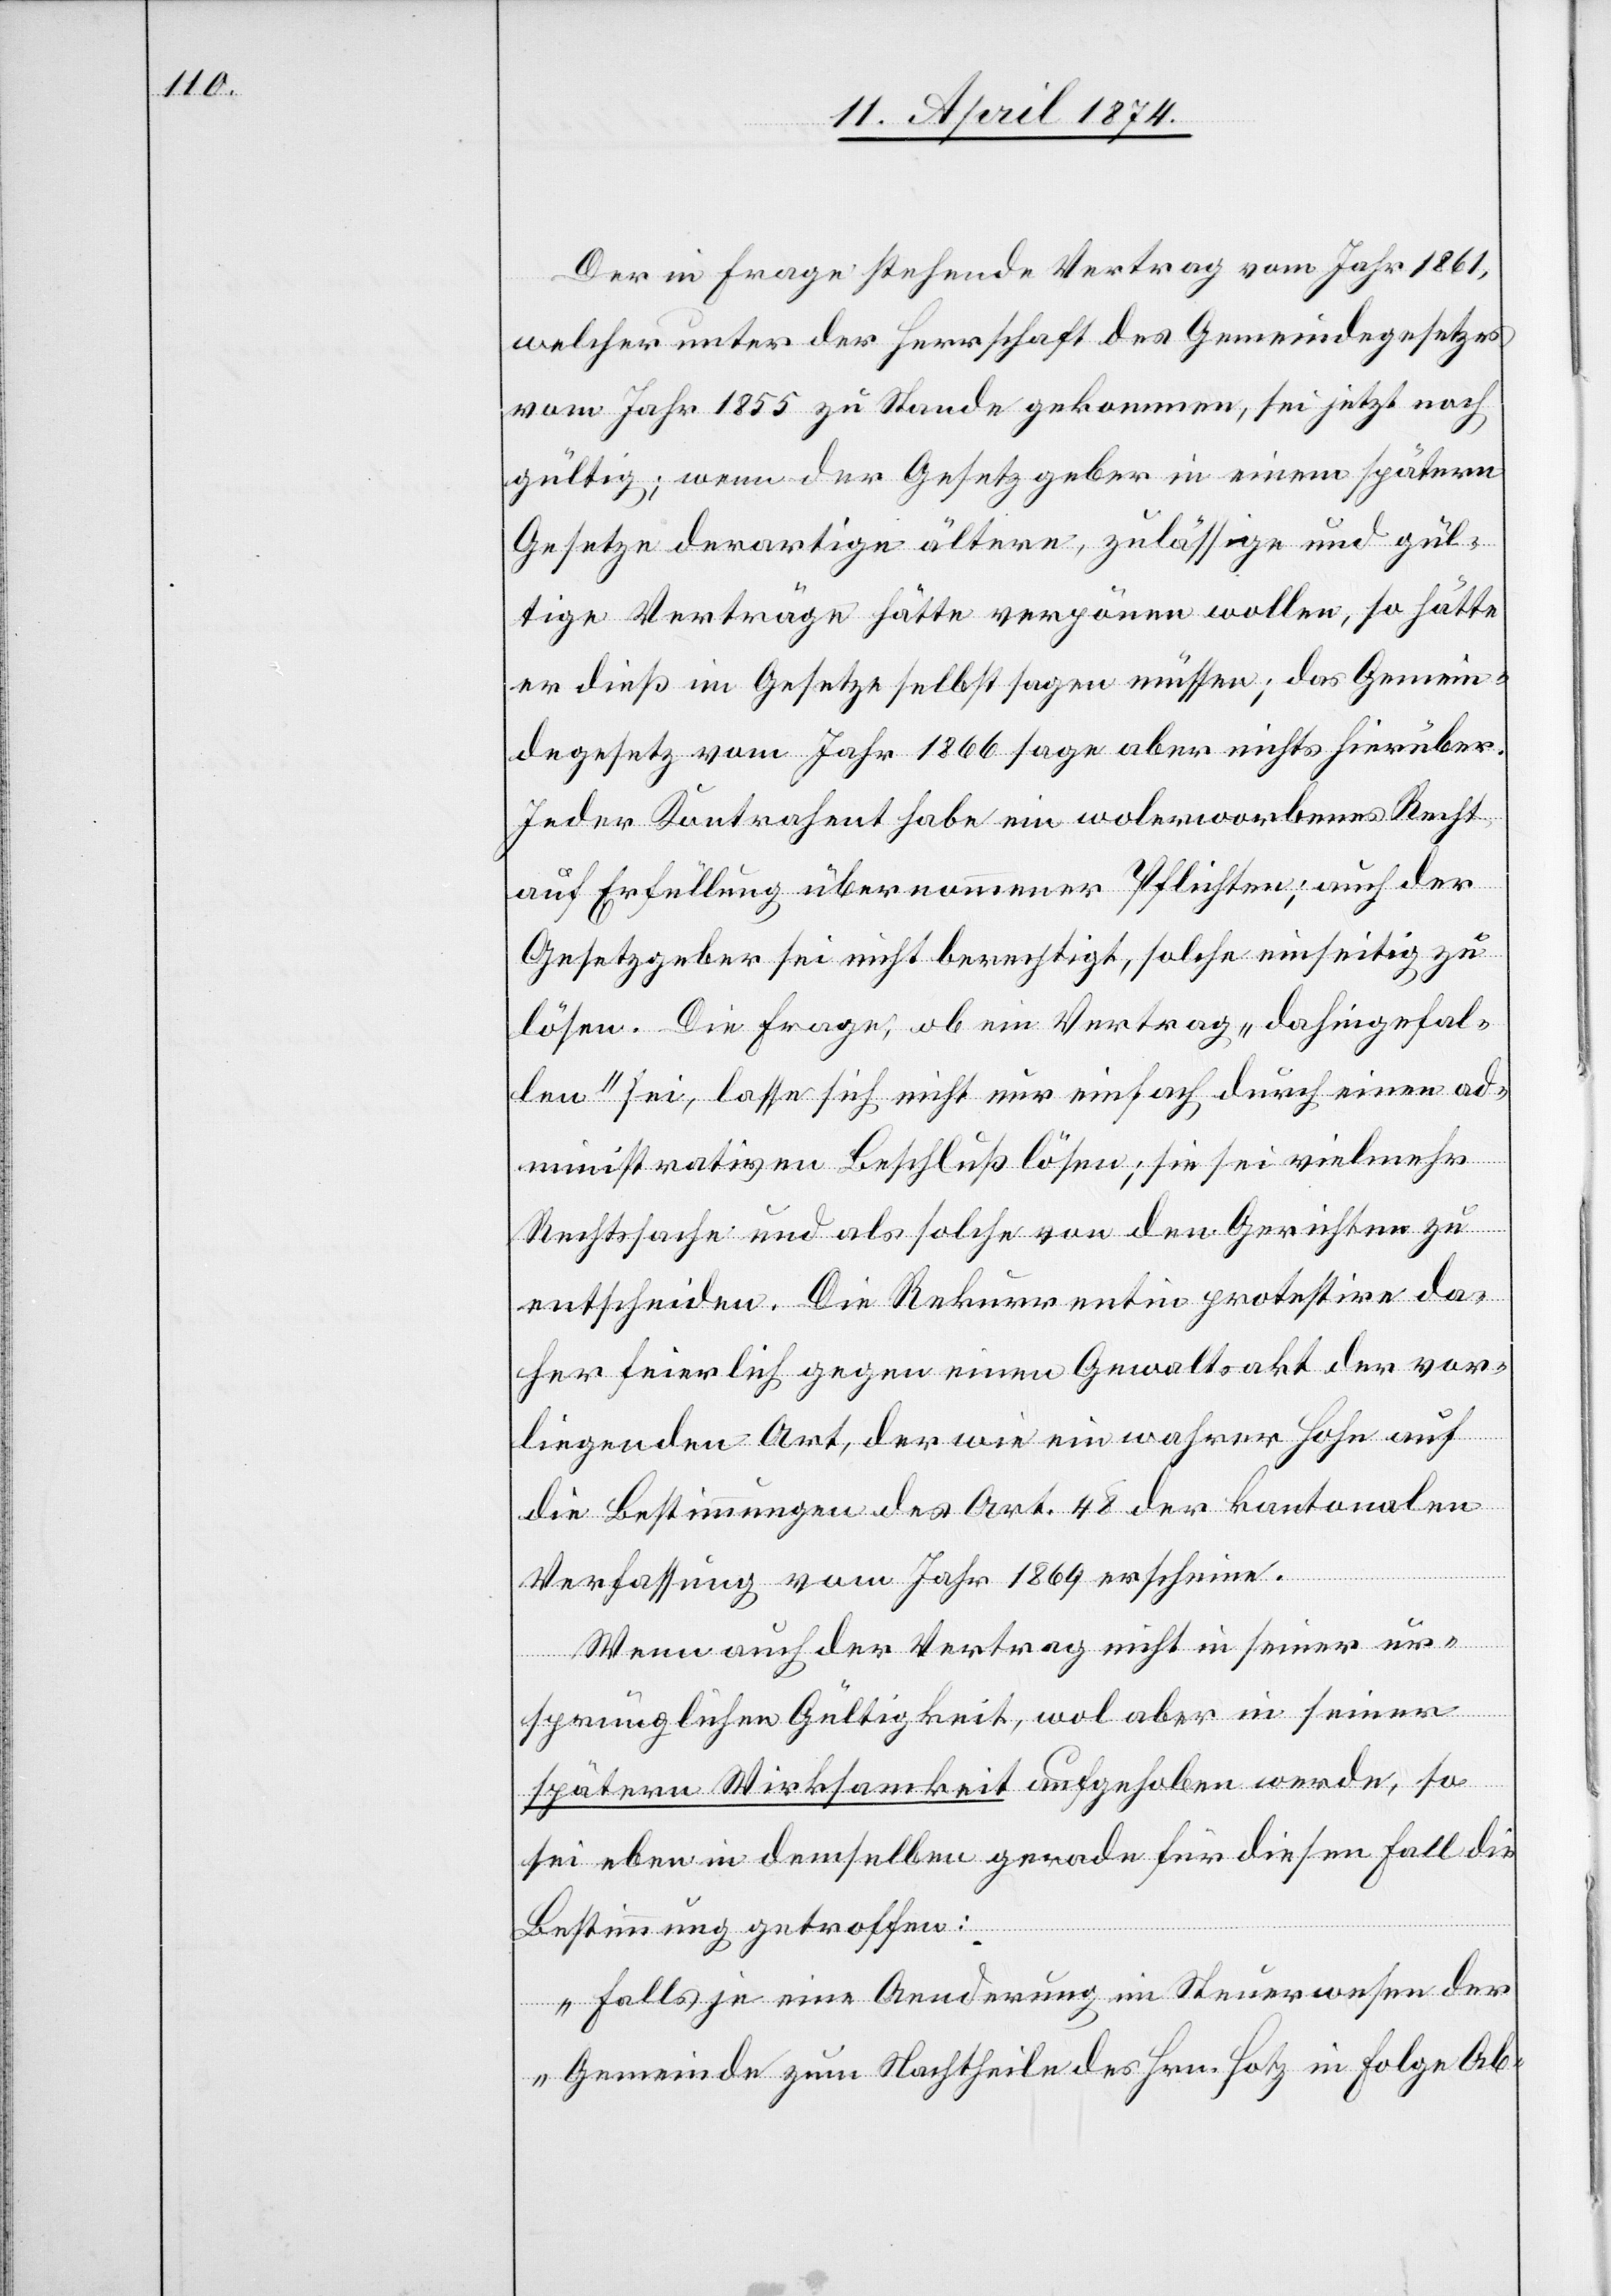
Der in Frage stehende Vertrag vom Jahr 1861,
welcher unter der Herrschaft des Gemeindegesetzes
vom Jahr 1855 zu Stande gekommen, sei jetzt noch
gültig; wenn der Gesetzgeber in einem spätern
Gesetze derartige ältere, zulässige und gül¬
tige Verträge hätte verpönen wollen, so hätte
er dieß im Gesetze selbst sagen müssen; das Gemein¬
degesetz vom Jahr 1866 sage aber nichts hierüber.
Jeder Kontrahent habe ein wolerworbenes Recht
auf Erfüllung übernommener Pflichten; auch der
Gesetzgeber sei nicht berechtigt, solche einseitig zu
lösen. Die Frage, ob ein Vertrag „dahingefal¬
len“ sei, lasse sich nicht nur einfach durch einen ad¬
ministrativen Beschluß lösen; sie sei vielmehr
Rechtssache und als solche von den Gerichten zu
entscheiden. Die Rekurrentin protestire da¬
her feierlich gegen einen Gewaltsakt der vor¬
liegenden Art, der wie ein wahrer Hohn auf
die Bestimmungen des Art. 48 der kantonalen
Verfassung vom Jahr 1869 erscheine.
Wenn auch der Vertrag nicht in seiner ur¬
sprünglichen Gültigkeit, wol aber in seiner
spätern Wirksamkeit aufgehoben werde, so
sei eben in demselben gerade für diesen Fall die
Bestimmung getroffen:
„Falls je eine Aenderung im Steuerwesen der
Gemeinde zum Nachtheile des Hrn. Hotz in Folge Ab-